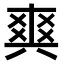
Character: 𤕤